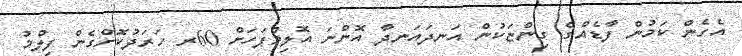
އެހެން ކަމުން ފާޑެއްގެ ގިންޏަކުން އަނދައަނދާ އޮންނަ އޮލިމްޕަހަށް 60ރ ހަރަދުކޮށްގެން ފިލްމު